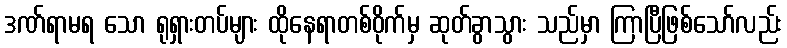
ဒဏ်ရာမရ သော ရုရှားတပ်များ ထိုနေရာတစ်ဝိုက်မှ ဆုတ်ခွာသွား သည်မှာ ကြာပြီဖြစ်သော်လည်း